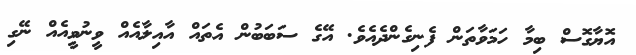
އޮޔާގޮސް ބިމާ ހަމަވާތަން ފެނިގެންދެއެވެ. އޭގެ ސަބަބުން އެތައް އާއިލާއެއް ވީނުވީއެއް ނޭގި